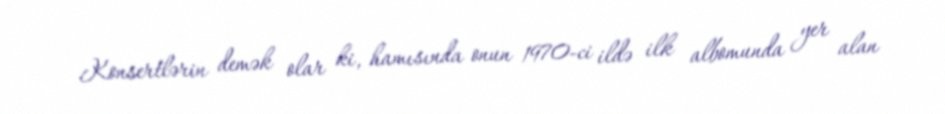
Konsertlərin demək olar ki, hamısında onun 1970-ci ildə ilk albomunda yer alan